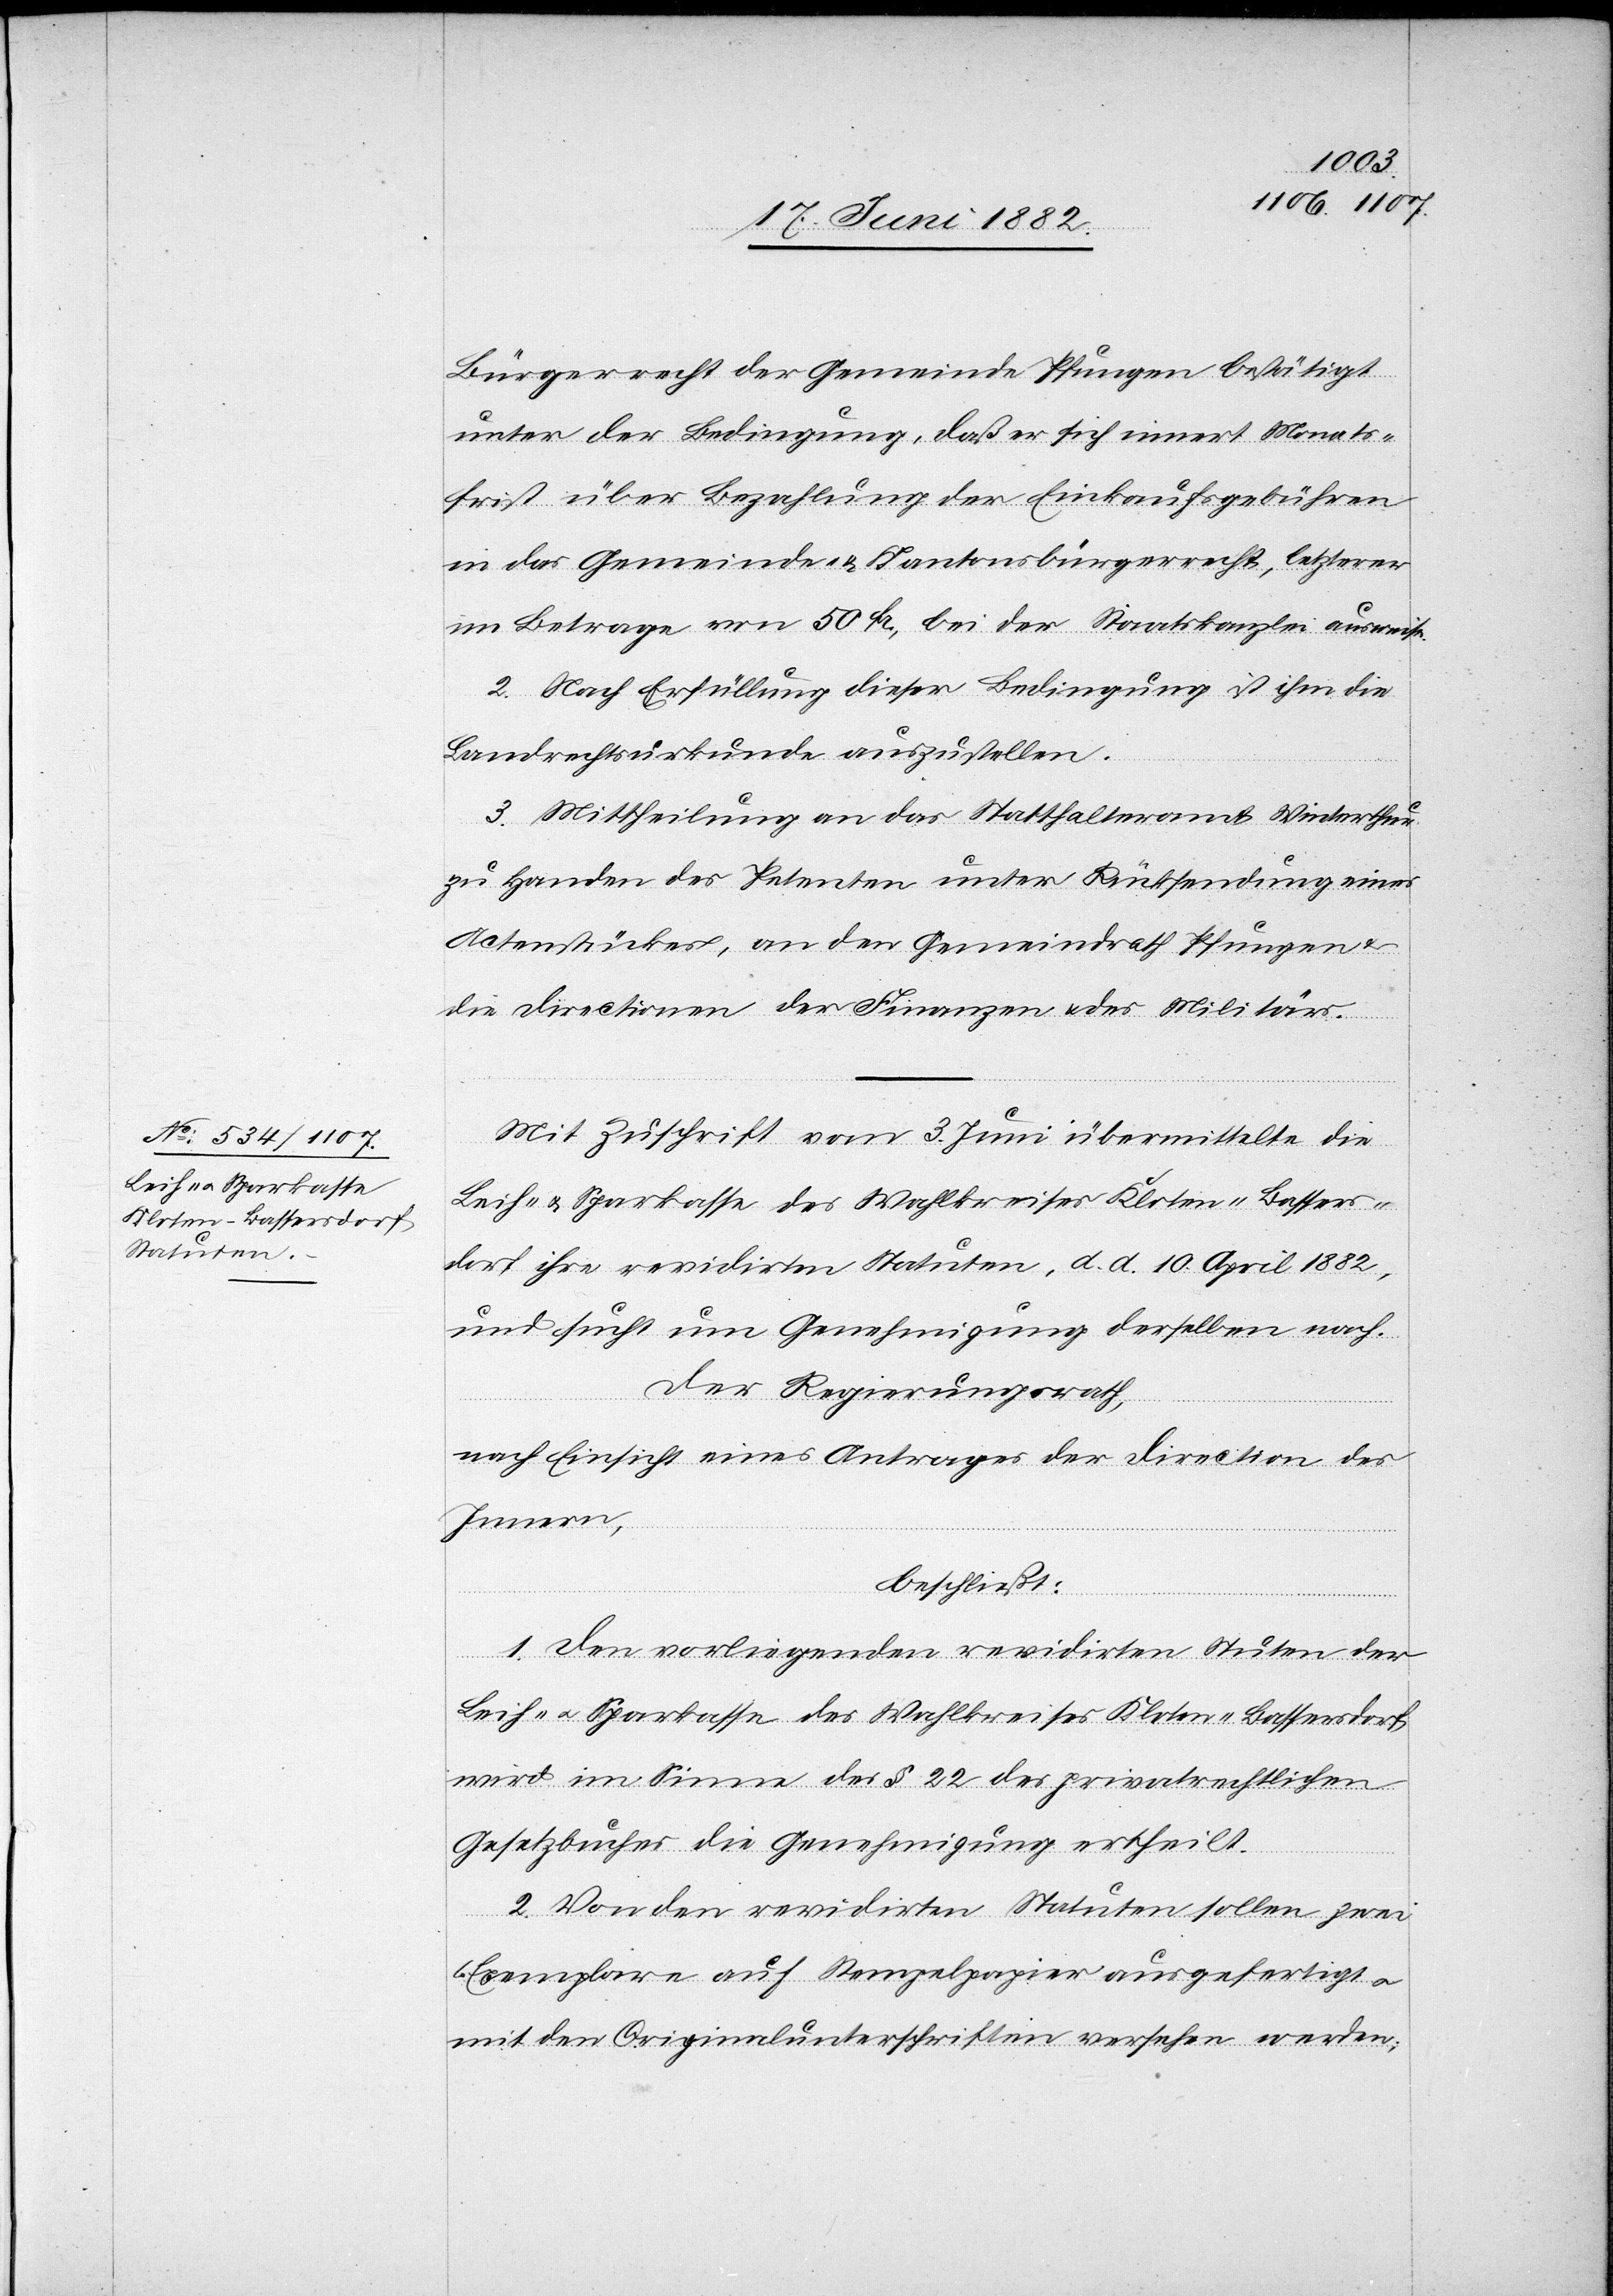
Bürgerrecht der Gemeinde Pfungen bestätigt
unter der Bedingung, daß er sich innert Monats¬
frist über Bezahlung der Einkaufsgebühren
in das Gemeinde- & Kantonsbürgerrecht, letzterer
im Betrage von 50 Fr., bei der Staatskanzlei ausweise.
2. Nach Erfüllung dieser Bedingung ist ihm die
Landrechtsurkunde auszustellen.
3. Mittheilung an das Statthalteramt Winterthur
zu Handen des Petenten unter Rücksendung eines
Actenstückes, an den Gemeindrath Pfungen
die Directionen der Finanzen & des Militärs.
Mit Zuschrift vom 3. Juni übermittelte die
Leih- u. Sparkasse des Wahlkreises Kloten-Bassers¬
dorf ihre revidirten Statuten, d. d. 10. April 1882,
und sucht um Genehmigung derselben nach.
Der Regierungsrath,
nach Einsicht eines Antrages der Direction des
Innern,
beschließt:
1. Den vorliegenden revidirten Statuten der
Leih- u. Sparkasse des Wahlkreises Kloten-Bassersdorf
wird im Sinne des § 22 des privatrechtlichen
Gesetzbuches die Genehmigung ertheilt.
2. Von den revidirten Statuten sollen zwei
Exemplare auf Stempelpapier ausgefertigt u.
mit den Originalunterschriften versehen werden;